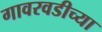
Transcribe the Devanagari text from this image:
गावरवडीच्या